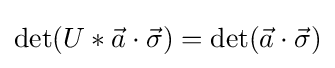
\det(U*{\vec {a}}\cdot {\vec {\sigma }})=\det({\vec {a}}\cdot {\vec {\sigma }})